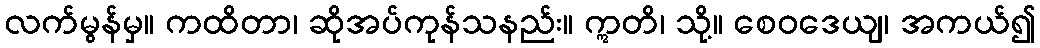
လက်မွန်မှ။ ကထိတာ၊ ဆိုအပ်ကုန်သနည်း။ ဣတိ၊ သို့။ စေဝဒေယျ၊ အကယ်၍